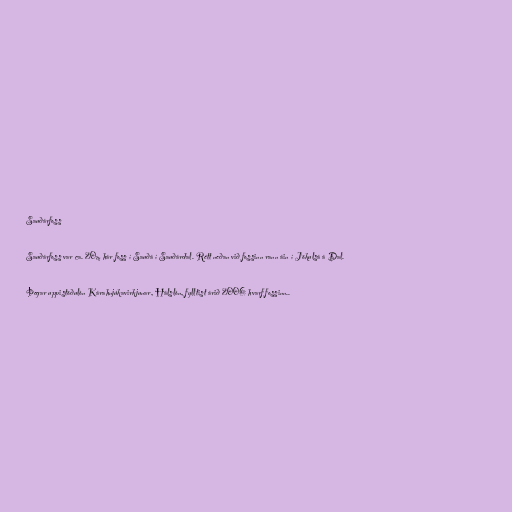
Sauðárfoss

Sauðárfoss var ca. 20m hár foss í Sauðá í Sauðárdal. Rétt neðan við fossinn rann áin í Jökulsá á Dal.

Þegar uppistöðulón Kárahnjúkavirkjunar, Hálslón, fylltist árið 2006 hvarf fossinn..